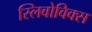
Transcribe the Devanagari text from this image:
स्लिवोविक्स